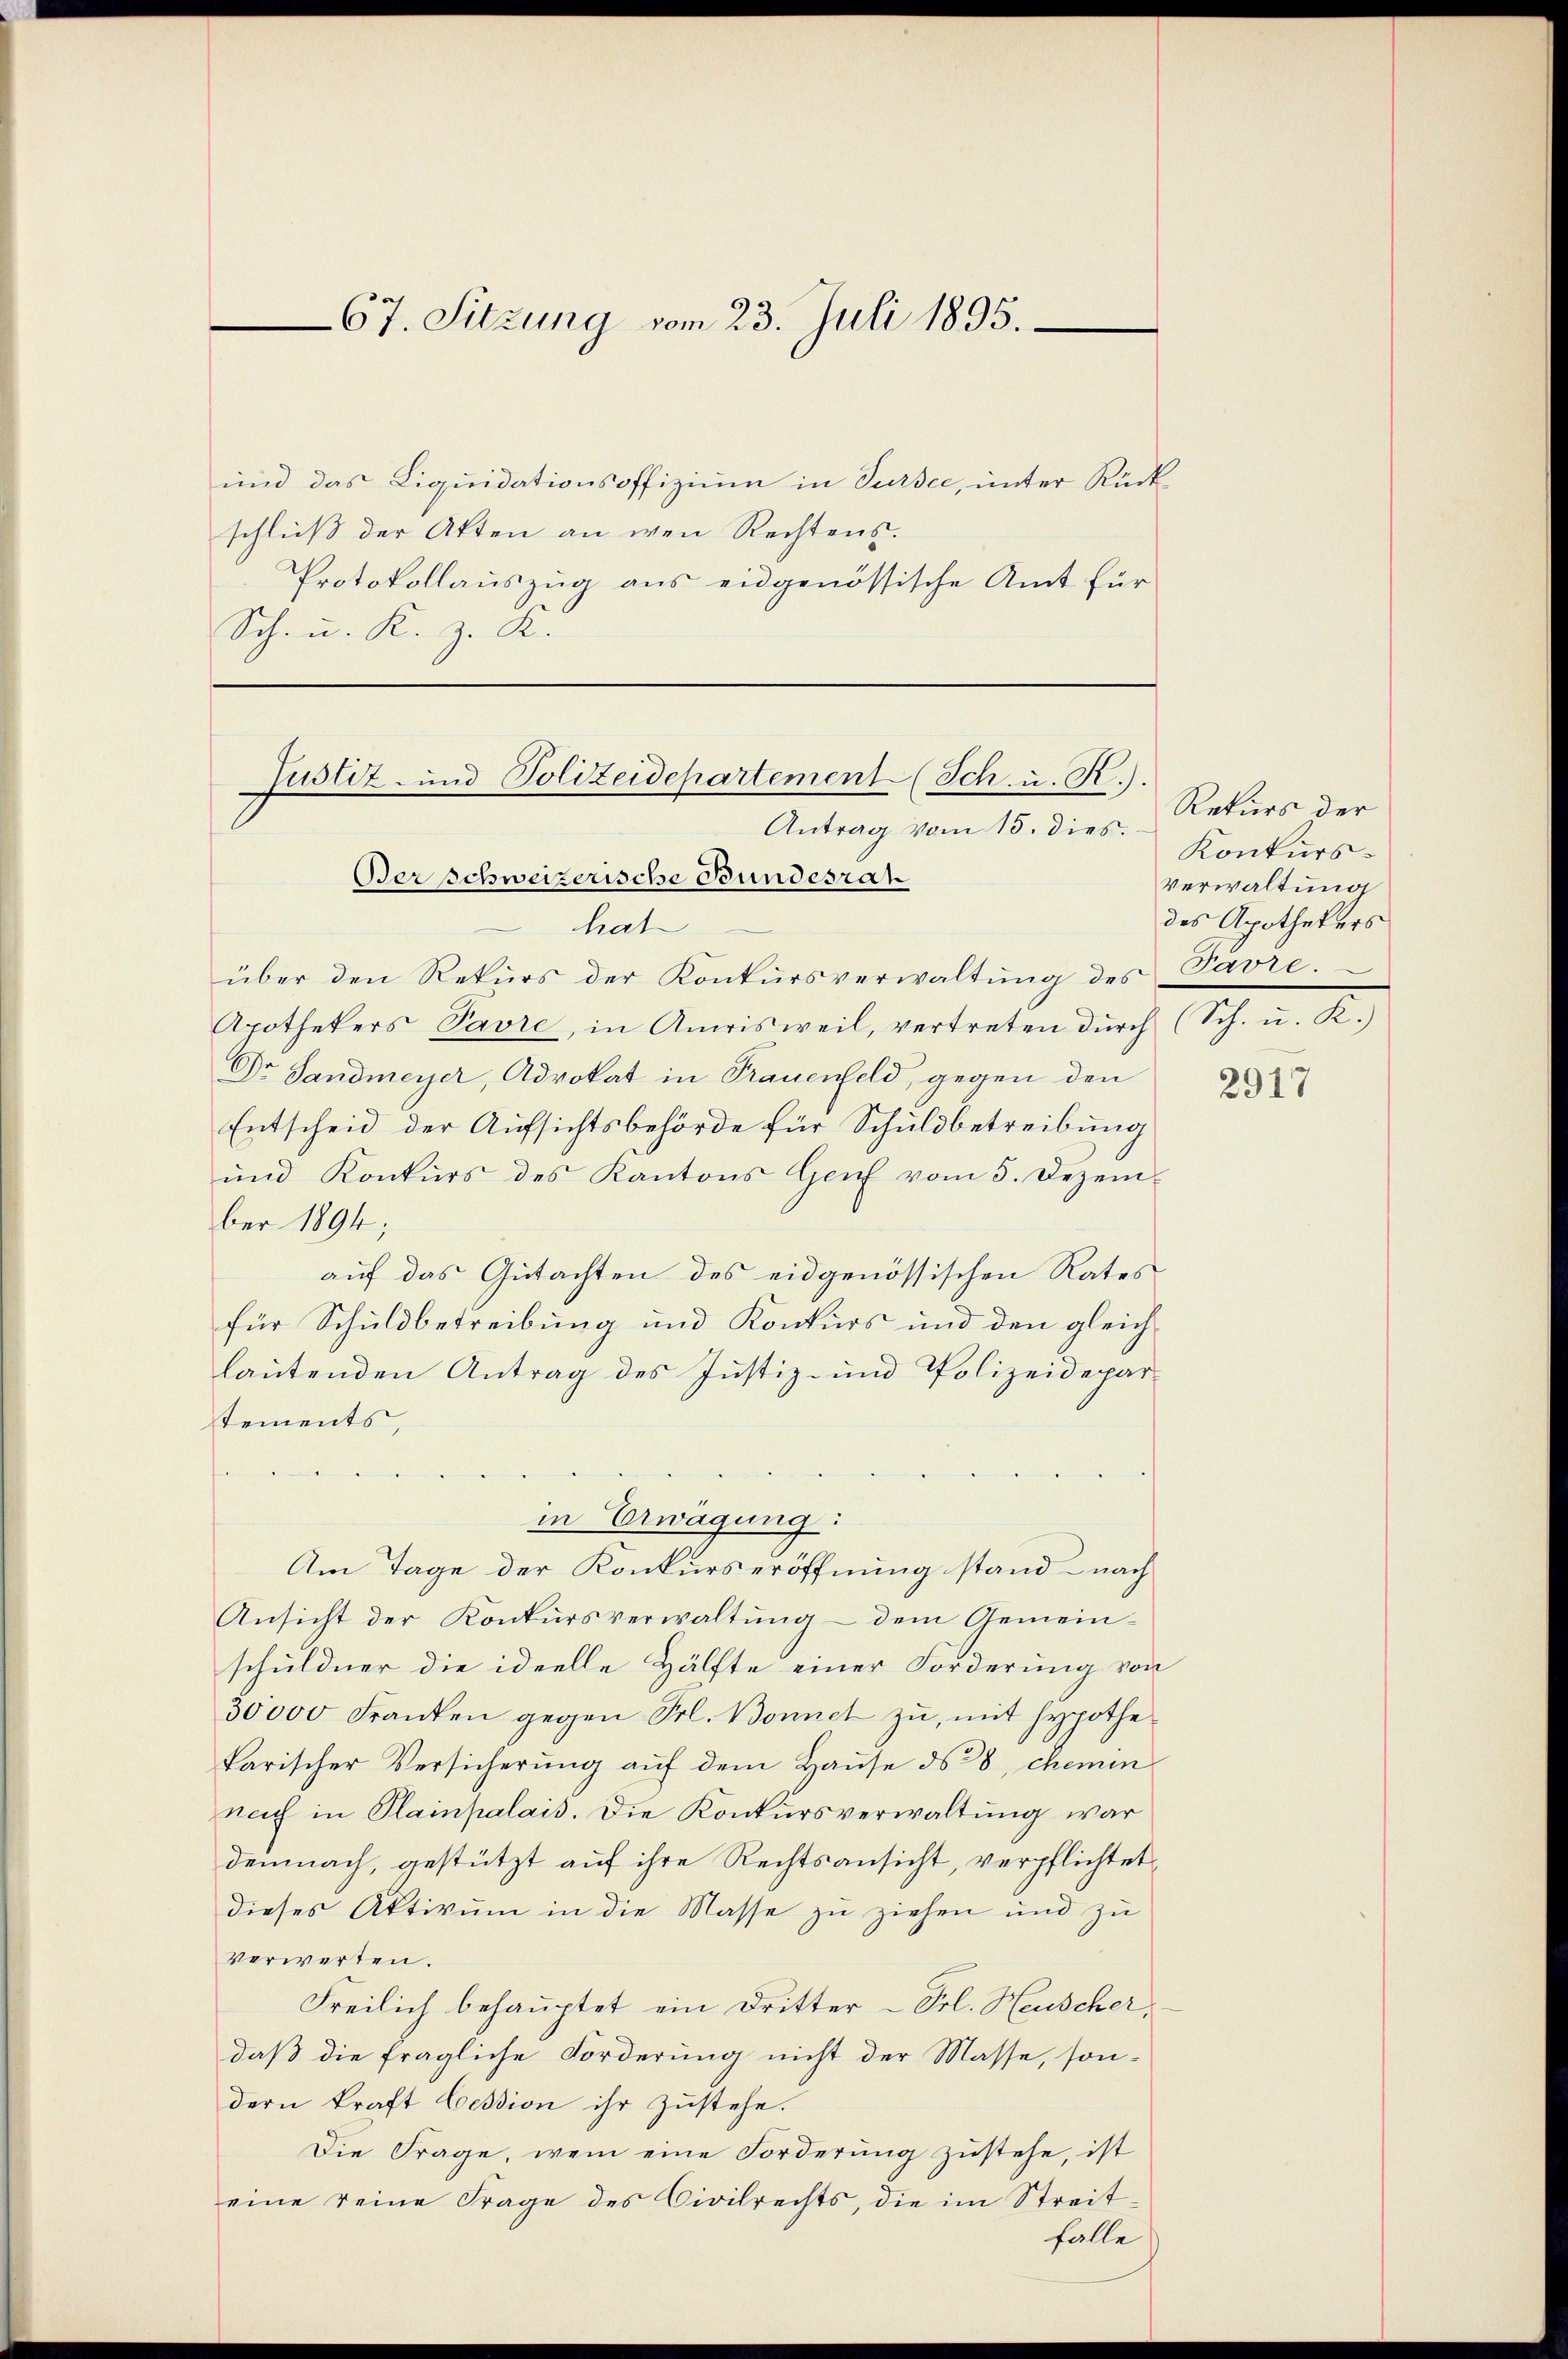
67. Sitzung vom 23. Juli 1895.

und das Liquidationsoffizium in Sursee, unter Rückschluß der Akten an wen Rechtens.
Protokollauszug aus eidgenössische Amt für
Sch. u. K. z. K.

hat
über den Rekŭrs der Konkursverwaltŭng des
Apothekers Pavre, in Amrisweil, vertreten durch (Sch. u. R.)
Dr Landmeyer, Advokat in Frauenfeld, gegen den
Entscheid der Aufsichtsbehörde für Schuldbetreibung
und Konkurs des Kantons Genf vom 5. Dezember 1894;
auf das Gutachten des eidgenössischen Rates
für Schuldbetreibung und Konkurs und den gleichlautenden Antrag des Justiz- und Polizeidepartements,
in Erwägung:
Am Tage der Konkurseröffnung stand – nach
Ansicht der Konkursverwaltung – dem Gemeinschuldner die ideelle Hälfte einer Forderung von
30000 Franken gegen Frl. Bonnet zŭ, mit Hypothe
karischer Versicherung auf dem Hause ds 28, chemin
neich in Plainpalais. Die Konkursverwaltung war
demnach, gestützt auf ihre Rechtsansicht, verpflichtet
dieses Aktivum in die Masse zu ziehen und zu
verwerten.
Freilich behauptet ein Dritter - Frl. Heuscher,
daß die fragliche Forderung nicht der Masse, sondern kraft Cession ihr zustehe.
Die Frage, wem eine Forderung zustehe, ist
eine reine Frage des Civilrechts, die im Streitfalle

Justiz- und Polizeidepartement (Sch. u. R.).
Antrag vom 15. dies.
Ber schweizerische Bundesrah

Rekurs der
Konkurs-
verwaltung
des Apothekers
Favre.

2917